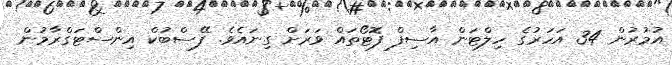
އުމުރުން 34 އަހަރުގެ ހިލްޓަން އާސިފް ފޮޓޯތައް ވަރަށް ގިނައެވެ. ފޭސްބުކް އިންސްޓަގްރާމުން